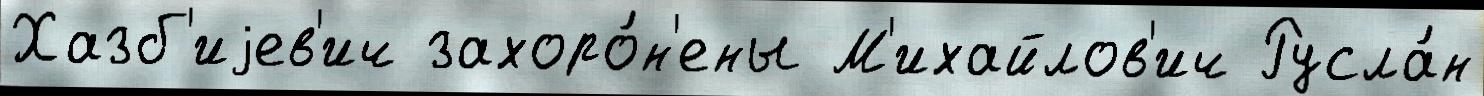
Хазб'иjев'ич захоро́н'ены М'ихайлов'ич Русла́н